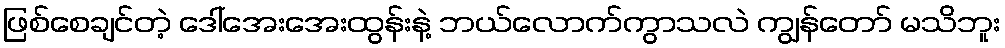
ဖြစ်စေချင်တဲ့ ဒေါ်အေးအေးထွန်းနဲ့ ဘယ်လောက်ကွာသလဲ ကျွန်တော် မသိဘူး